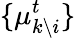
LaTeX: \{ \mu_{k\setminus i}^{t}\}